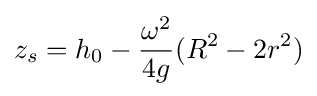
z_{s}=h_{0}-{\frac {\omega ^{2}}{4g}}(R^{2}-2r^{2})